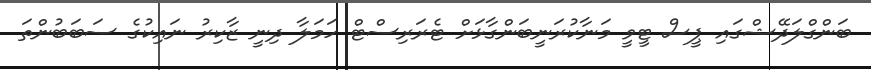
ބަންގްލަދޭޝްގައި ޕީސް ޓީވީ މަނާކުރަނީބަންގާޅަށް ޓެރަރިސްޓް ހަމަލާ ދިނީ ޒާކިރު ނައިކުގެ ސަބަބުންތަ